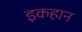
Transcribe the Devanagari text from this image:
इकहान